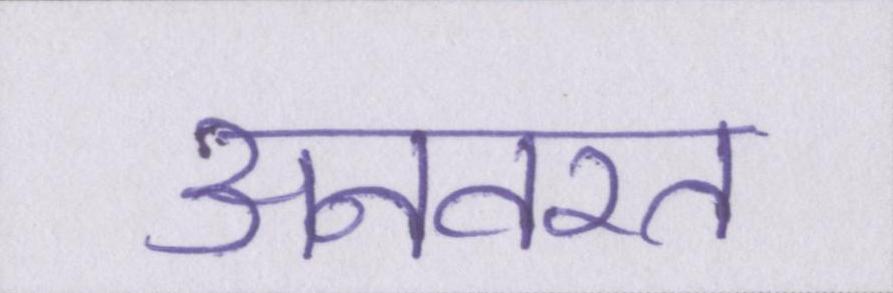
अनवरत